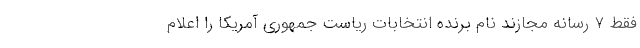
فقط ۷ رسانه مجازند نام برنده انتخابات ریاست جمهوری آمریکا را اعلام